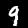
Label: 9